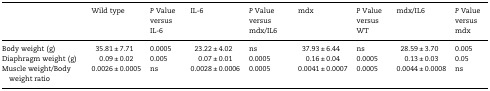
<table><thead><tr><td></td><td><b>Wild type</b></td><td><b><i>P</i> Value</b></td><td><b>IL-6</b></td><td><b><i>P</i> Value</b></td><td><b>mdx</b></td><td><b><i>P</i> Value</b></td><td><b>mdx/IL6</b></td><td><b><i>P</i> Value</b></td></tr><tr><td></td><td></td><td><b>versus IL-6</b></td><td></td><td><b>versus mdx/IL6</b></td><td></td><td><b>versus WT</b></td><td></td><td><b>versus mdx</b></td></tr></thead><tbody><tr><td>Body weight (g)</td><td>35.81 ± 7.71</td><td>0.0005</td><td>23.22 ± 4.02</td><td>ns</td><td>37.93 ± 6.44</td><td>ns</td><td>28.59 ± 3.70</td><td>0.005</td></tr><tr><td>Diaphragm weight (g)</td><td>0.09 ± 0.02</td><td>0.005</td><td>0.07 ± 0.01</td><td>0.0005</td><td>0.16 ± 0.04</td><td>0.0005</td><td>0.13 ± 0.03</td><td>0.05</td></tr><tr><td>Muscle weight/Body weight ratio</td><td>0.0026 ± 0.0005</td><td>ns</td><td>0.0028 ± 0.0006</td><td>0.0005</td><td>0.0041 ± 0.0007</td><td>0.0005</td><td>0.0044 ± 0.0008</td><td>ns</td></tr></tbody></table>